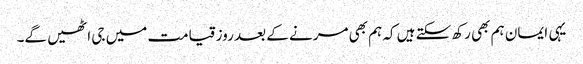
یہی ایمان ہم بھی رکھ سکتے ہیں کہ ہم بھی مرنے کے بعد روز قیامت میں جی اٹھیں گے۔